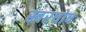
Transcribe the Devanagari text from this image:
स्वरघोष